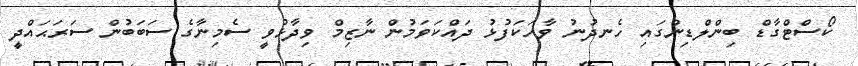
ކޯސްޓްގާޑް ބިންލްޑިންގައި ހެނދުނު ވާހަކަފުޅު ދައްކަވަމުން ނާޒިމް ވިދާޅުވީ ސެމިނާގެ ސަބަބުން ސަރަޙައްދީ